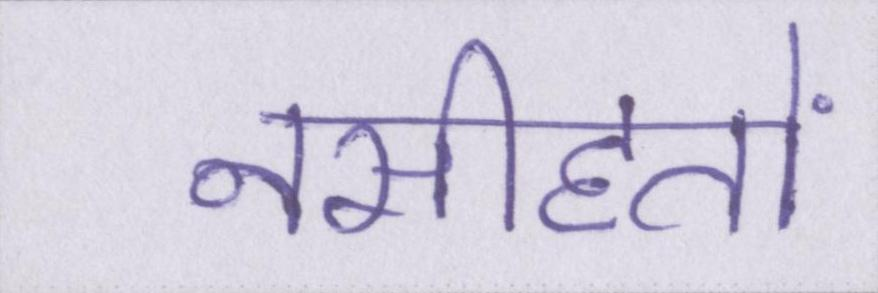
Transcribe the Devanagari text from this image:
नसीहतों